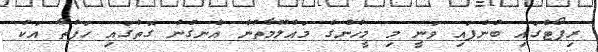
ރިޕޯޓްގައި ބުނެފައި ވަނީ މި މީހުންގެ މައުލޫމާތުން އެނގުނު ގޮތުގައި ހަފުތާ އަކު